Indian journal of veterinary science and animal husbandry - Volumes 15-17, 1948-1951
Year: 1948
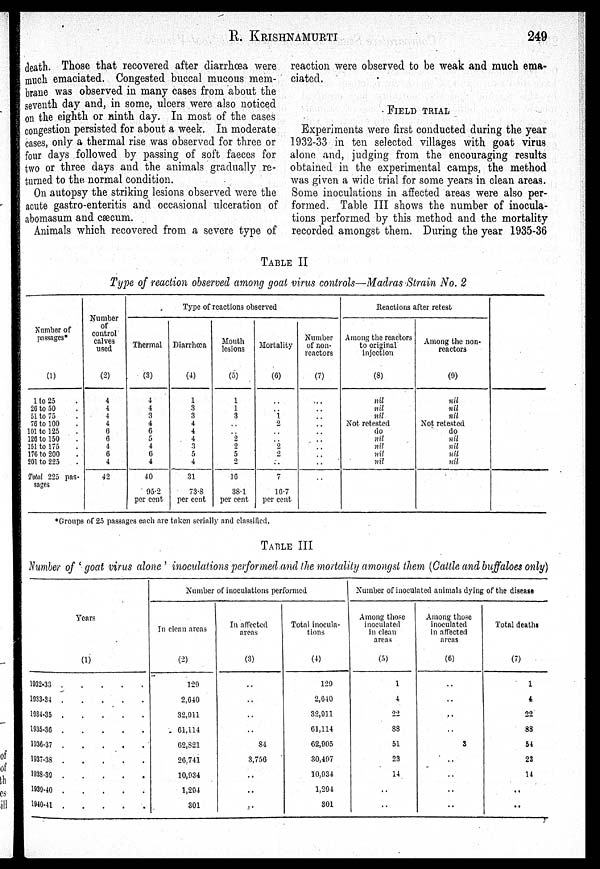
R.
KRISHAMURTI
249
death. Those that recovered after diarrhœa were
much emaciated. Congested buccal mucous mem-
brane was observed in many cases from about the
seventh day and, in some, ulcers were also noticed
on the eighth or ninth day. In most of the cases
congestion persisted for about a week. In moderate
cases, only a thermal rise was observed for three or
four days followed by passing of soft faeces for
two or three days and the animals gradually re-
turned to the normal condition.
On autopsy the striking lesions observed were the
acute gastro-enteritis and occasional ulceration of
abomasum and cæcum.
Animals which recovered from a severe type of
reaction were observed to be weak and much ema-
ciated.
FIELD TRIAL
Experiments were first conducted during the year
1932-33 in ten selected villages with goat virus
alone and, judging from the encouraging results
obtained in the experimental camps, the method
was given a wide trial for some years in clean areas.
Some inoculations in affected areas were also per-
formed. Table III shows the number of inocula-
tions performed by this method and the mortality
recorded amongst them. During the year 1935-36
TABLE II
Type of reaction observed among goat virus controls—Madras Strain No. 2
Number of
passages*
(1)
1 to 25
26 to 50
51 to 75
76 to 100
101 to 125
126 to 150
151 to 175
170 to 200
201 to 225
Total 225 pas-
sages
Number
of
control
calves
used
(2)
4
4
4
4
6
6
4
6
4
42
Type of reactions observed
Thermal
(3)
4
4
3
4
6
5
4
6
4
40
95.2
per cent
Diarrhœa
(4)
1
3
3
4
4
4
3
5
4
31
73.8
per cent
Mouth
lesions
(5)
1
1
3
..
.. 2
2
5
2
16
38.1
per cent
Mortality
(6)
..
.. 1
2
..
.. 2
2
..
7
16.7
per cent
Number
of non-
reactors
(7)
..
..
..
..
..
..
..
..
..
..
Reactions after retest
Among the reactors
to original
injection
(8)
nil
nil
nil
Not retested
do
nil
nil
nil
nil
Among the non-
reactors
(9)
nil
nil
nil
Not retested
do
nil
nil
nil
nil
*Groups of 25 passages each are taken serially and classified.
TABLE III
Number of 'goat virus alone' inoculations performed and the mortality amongst them (Cattle and buffaloes only)
Years
(1)
1932-33 . . . . .
1933-34 . . . . .
1934-35 . . . . .
1935-36 . . . . .
1936-37 . . . . .
1937-38 . . . . .
1938-39 . . . . .
1939-40 . . . . .
1940-41 . . . . .
Number of inoculations performed
In clean areas
(2)
120
2,640
32,911
61,114
62,821
26,741
10,934
1,294
301
In affected
areas
(3)
..
..
..
..
84
3,756
..
..
..
Total inocula-
tions
(4)
129
2,640
32,911
61,114
62,905
30,497
10,934
1,294
301
Number of inoculated animals dying of the disease
Among those
inoculated
in clean
areas
(5)
1
4
22
88
51
23
14
..
Among those
inoculated
in affected
areas
(6)
..
..
..
..
3
..
..
..
..
Total deaths
(7)
1
4
22
88
54
23
14
..
..